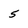
Character: 5